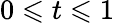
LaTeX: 0\leqslant t\leqslant 1